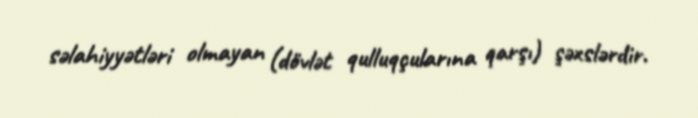
səlahiyyətləri olmayan (dövlət qulluqçularına qarşı) şəxslərdir.